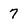
Character: 7